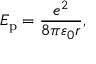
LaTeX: E _ { \mathrm { p } } = { \frac { e ^ { 2 } } { 8 \pi \varepsilon _ { 0 } r } } ,